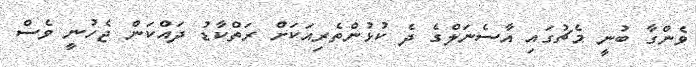
ވެންގާ ބުނީ މެޗުގައި އާސެނަލްގެ ދެ ކުޅުންތެރިއަކަށް ރަތްކާޑު ދައްކަން ޖެހުނީ ވެސް